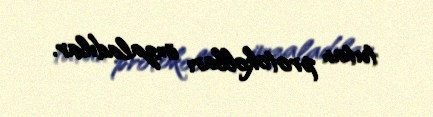
tutan protokolları imzaladılar.